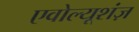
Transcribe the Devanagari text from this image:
एवोल्यूशंज़